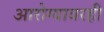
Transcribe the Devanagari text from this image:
आरोग्यावरही